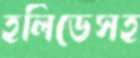
হলিডেসহ